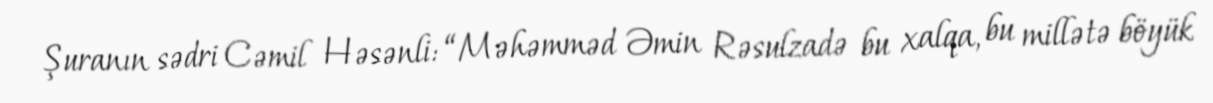
Şuranın sədri Cəmil Həsənli: “Məhəmməd Əmin Rəsulzadə bu xalqa, bu millətə böyük